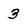
Character: 3